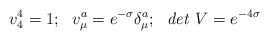
\begin{align*}v^4_4=1;~~v^a_\mu=e^{-\sigma}\delta^a_\mu;~~{\it det}~V=e^{-4\sigma}\end{align*}